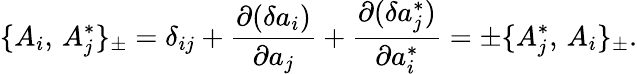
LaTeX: \{ A_{i},\, A_{j}^{*}\} _{\pm}=\delta_{ij}+{\frac{\partial(\delta a_{i})}{\partial a_{j}}}+{\frac{\partial(\delta a_{j}^{*})}{\partial a_{i}^{*}}}=\pm\{ A_{j}^{*},\, A_{i}\} _{\pm}.